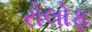
રોલોફ